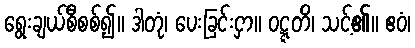
ရွေးချယ်စီစစ်၍။ ဒါတုံ၊ ပေးခြင်းငှာ။ ဝဋ္ဋတိ၊ သင့်၏။ ဧဝံ၊